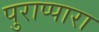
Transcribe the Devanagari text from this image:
पुराप्पारा